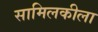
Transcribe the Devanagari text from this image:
सामिलकीला